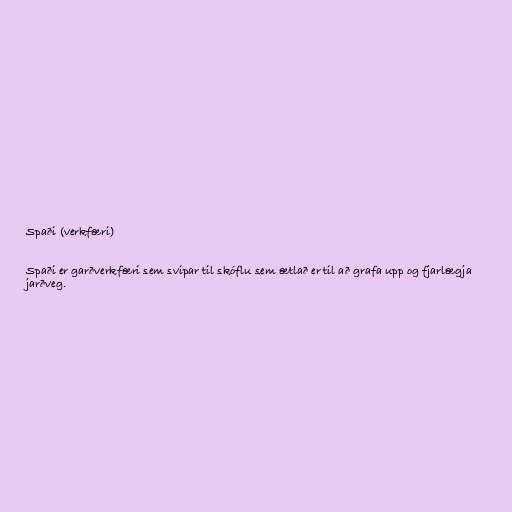
Spaði (verkfæri)

Spaði er garðverkfæri sem svipar til skóflu sem ætlað er til að grafa upp og fjarlægja
jarðveg.